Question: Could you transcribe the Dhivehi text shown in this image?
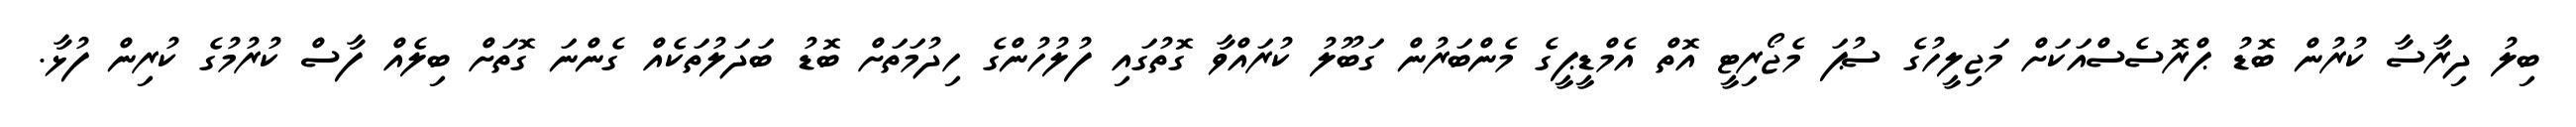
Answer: ބިލު ދިރާސާ ކުރުން ބޮޑު ޕްރޮސެސްއަކަށް މަޖިލީހުގެ ސުޕަ މެޖޯރިޓީ އޮތް އެމްޑީޕީގެ މެންބަރުން ގަބޫލު ކުރައްވާ ގޮތުގައި ފުލުހުންގެ ހިދުމަތަށް ބޮޑު ބަދަލުތަކެއް ގެންނަ ގޮތަށް ބިލެއް ފާސް ކުރުމުގެ ކުރިން ފުޅާ.